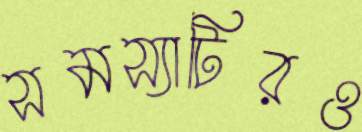
সমস্যাটিরও